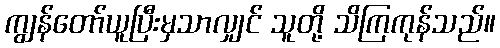
ကျွန်တော်ယူပြီးမှသာလျှင် သူတို့ သိကြကုန်သည်။